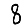
Digit: 8